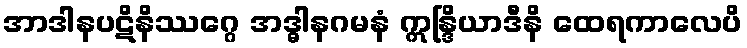
အာဒါနပဋိနိဿဂ္ဂေ အဒ္ဓါနဂမနံ ဣန္ဒြိယာဒီနိ ထေရကာလေပိ